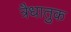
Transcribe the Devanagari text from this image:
त्रैधातुक